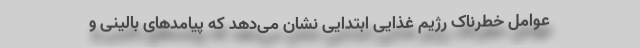
عوامل خطرناک رژیم غذایی ابتدایی نشان می‌دهد که پیامدهای بالینی و